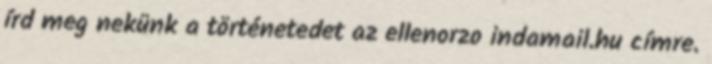
írd meg nekünk a történetedet az ellenorzo indamail.hu címre.